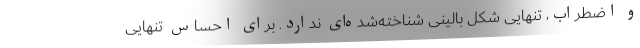
و اضطراب، تنهایی شکل بالینی شناخته‌شده‌ای ندارد. برای احساس تنهایی